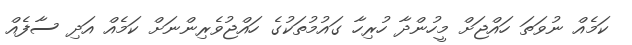
ކަމެއް ނުވަތަ ހައްޖަށް މީހުންދާ ހުރިހާ ގައުމުތަކުގެ ހައްޖުވެރިންނަށް ކަމެއް އަދި ސާފެއް